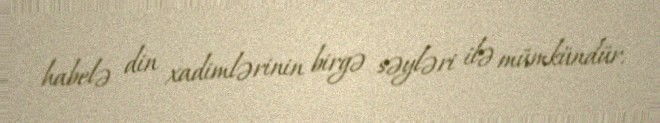
habelə din xadimlərinin birgə səyləri ilə mümkündür.